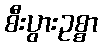
စီးပွားဥစ္စာ